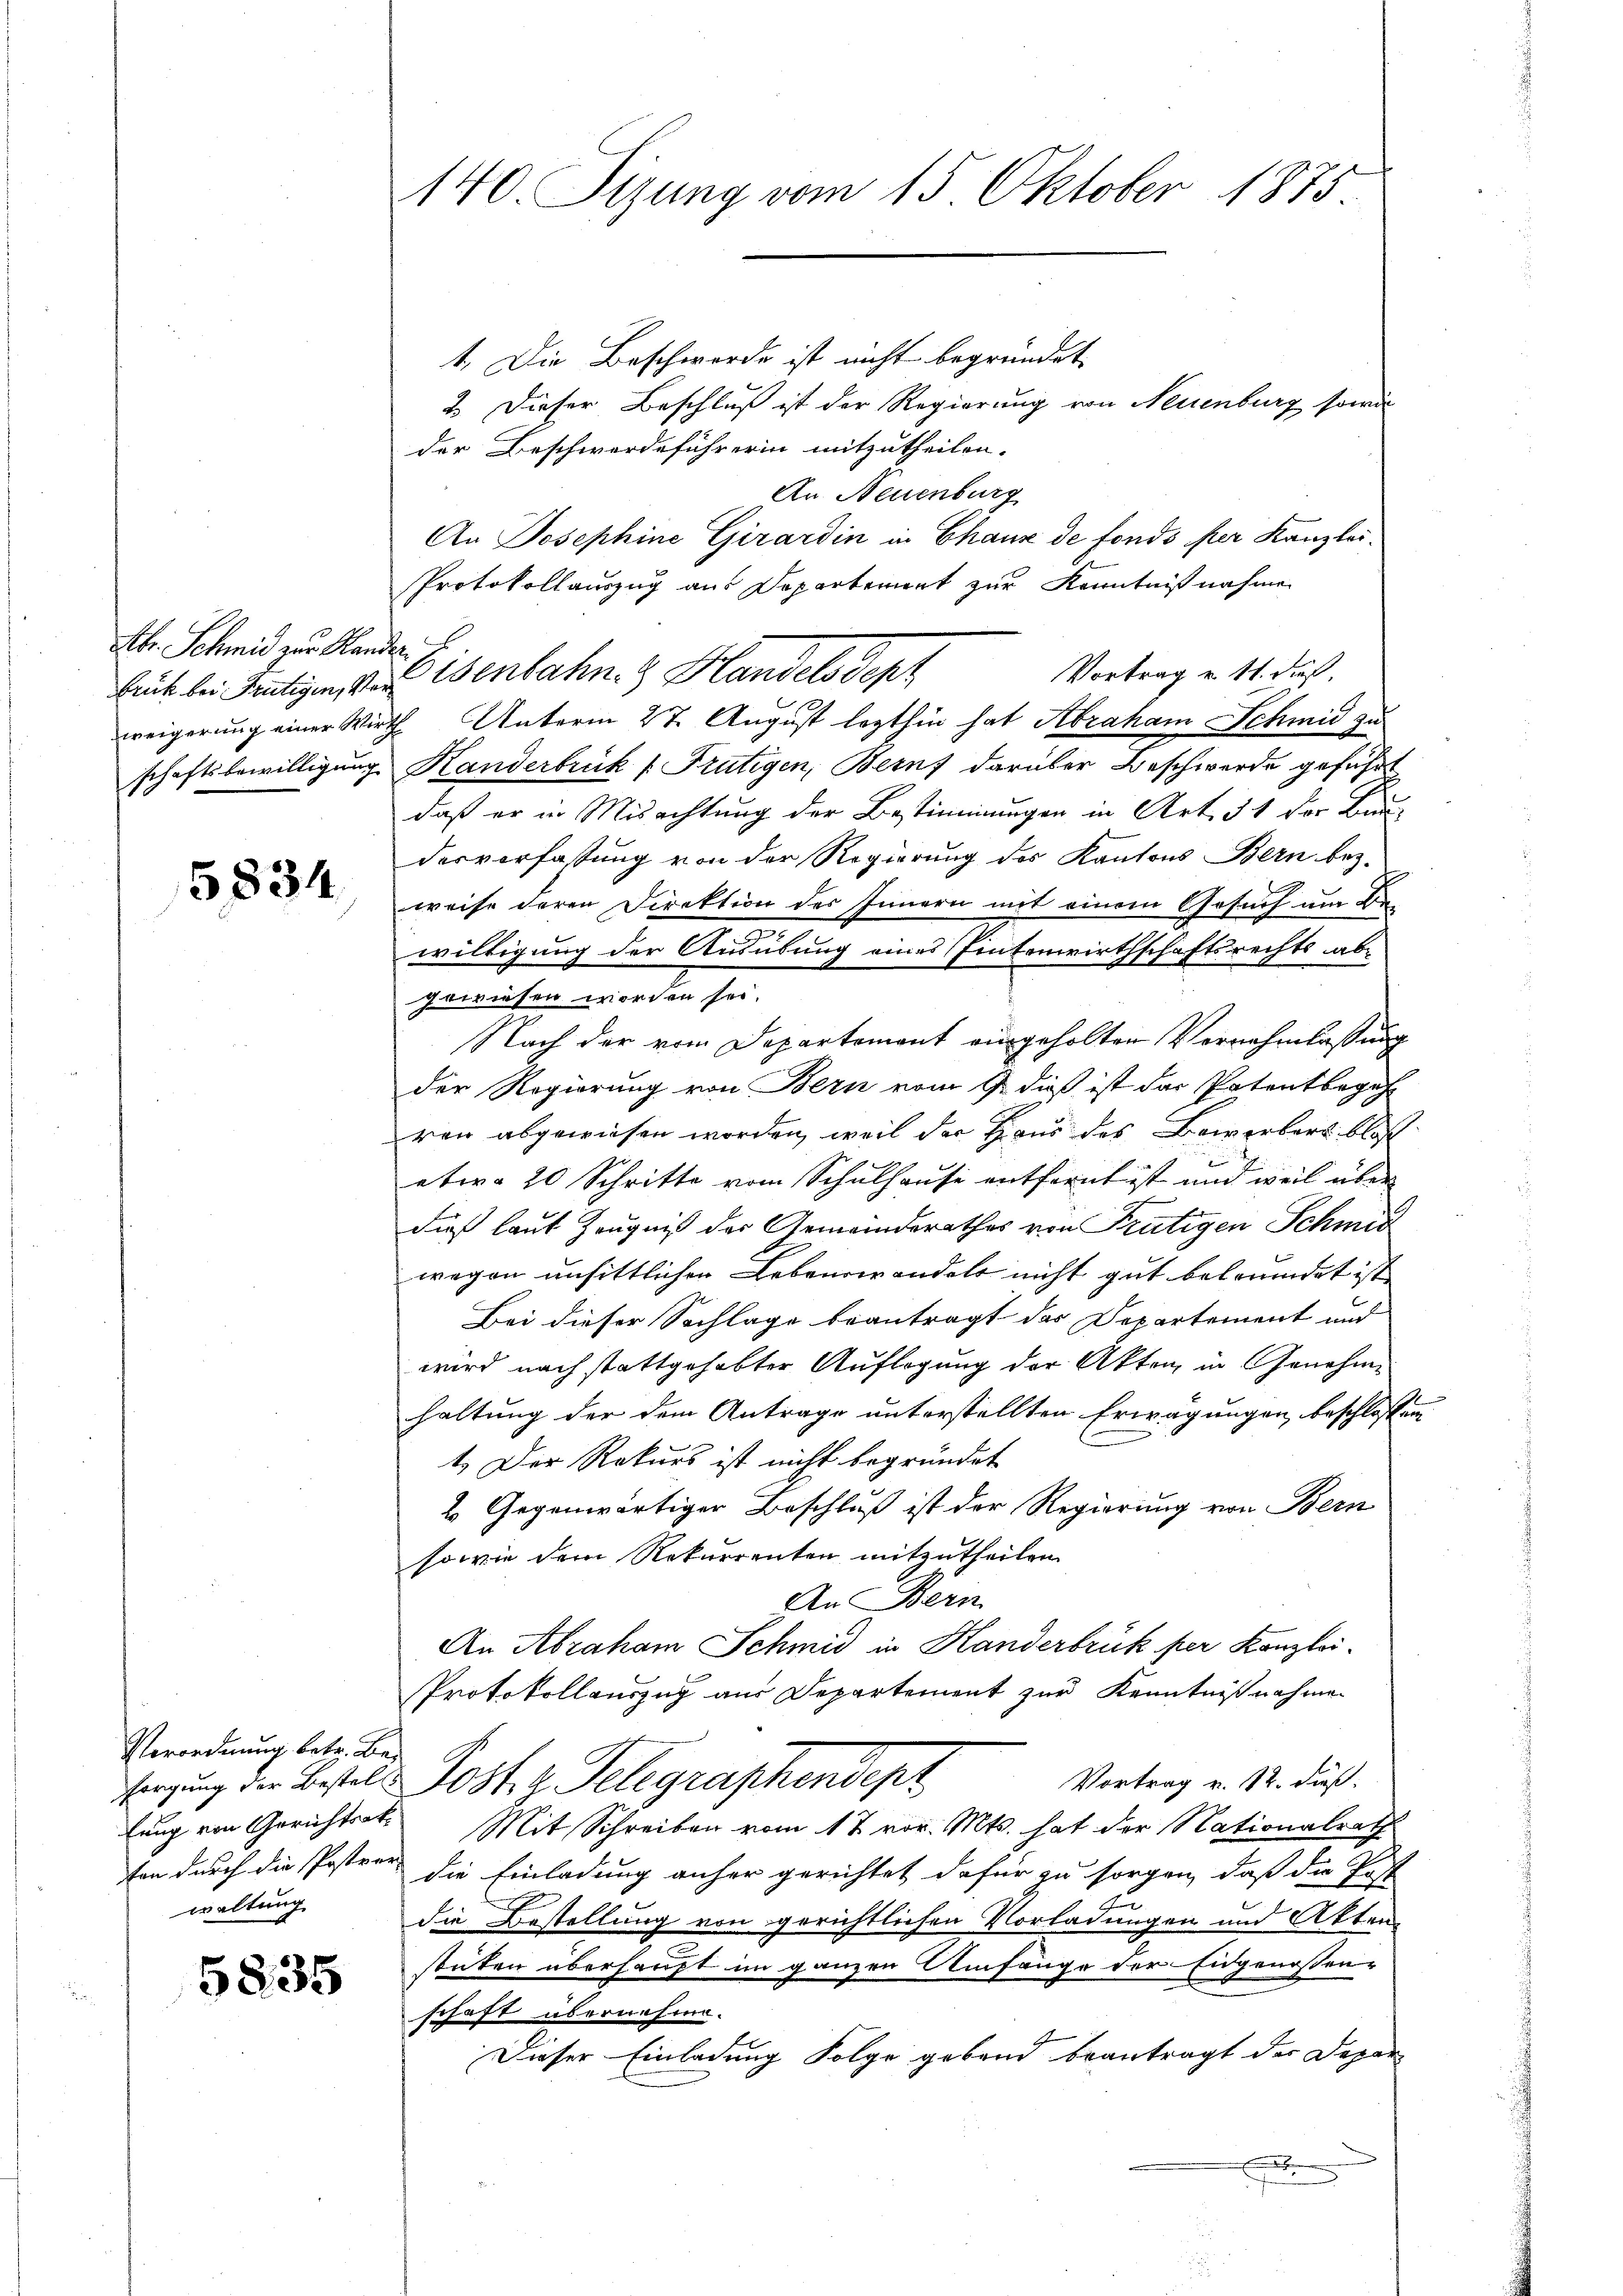
Abr. Schmid zur Standen

5834

1. Die Beschwerde ist nicht begründet,
2. Dieser Beschluß ist der Regierung von Neuenburg sowi
der Beschwerdeführerin mitzutheilen.
An Neuenburg
An Josephine Girardin in Chaux de fonds per Kanzlei.
Protokollauszug aus Departement zur Kenntnißnahmen
Vortrag u. 11. dieß.
keit bei heutigen, v. Eisenbahn. Handels Sept
weigerung einer Wirth Unterm 27. August lezthin hat Abraham Schmid zu
schaftsbewilligung Handerbrück (Frutigen, Bern darüber Beschwerde geführt
daß er in Misachtung der Bestimmungen in Art. 31 der Bun-
desverfassung von der Regierung des Kantons Bern bez.
weise deren Direktion des Innern mit einem Gesuch um de
willigung der Ausübung eines Eintenwirthschaftsrechts abgewiesen worden sei.
Nach der vom Departement eingeholten Vernehmlassung
der Regierung von Bern vom 9. dieß ist das Patentbegehr
ren abgewiesen worden, weil der Haus des Bewerbers blos
etwa 20 Schritte vom Schulhause entfernt ist und weil über
dieß laut Zeugniß der Gemeinderathes von Trätigen Schmid
wegen unsittlichen Lebenswandels nicht gut beleumdet ist,
Bei dieser Sachlage beantragt das Departement und
wird nach stattgehabter Auflegung der Akten in Genehme
haltung der dem Antrage unterstellten Erwägungen beschlossen
1.) Der Rekurs ist nicht begründet
2 Gegenwärtiger Beschluß ist der Regierung von Bern
sowie dem Rekurrenten mitzutheilen.
An Bern
An Abraham Schmid in Handerbrück per Kanzlei-
Protokollauszug aus Departement zur Kenntnißnahmen
Vortrag v. 12. dieß:
sorgung der Bestel Post z. Telegraphendepz
lung von Gerichtsste Mit Schreiben vom 17 vor. Mts. hat der Nationalrath
ten durch die Postror, die Einladung anher gerichtet dafür zu sorgen, daß die Post
o
die Bestellung von gerichtlichen Vorladungen und Aktenstuten überhaupt im ganzen Anfänge der Eidgenossen-
schaft übernehme.
Dieser Einladung Folge gebend beantragt der Depar

Verordnung betr. Be-
waltung

5835

140. Sizung vom 15. Oktober 1875.